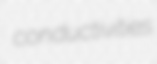
conductivities